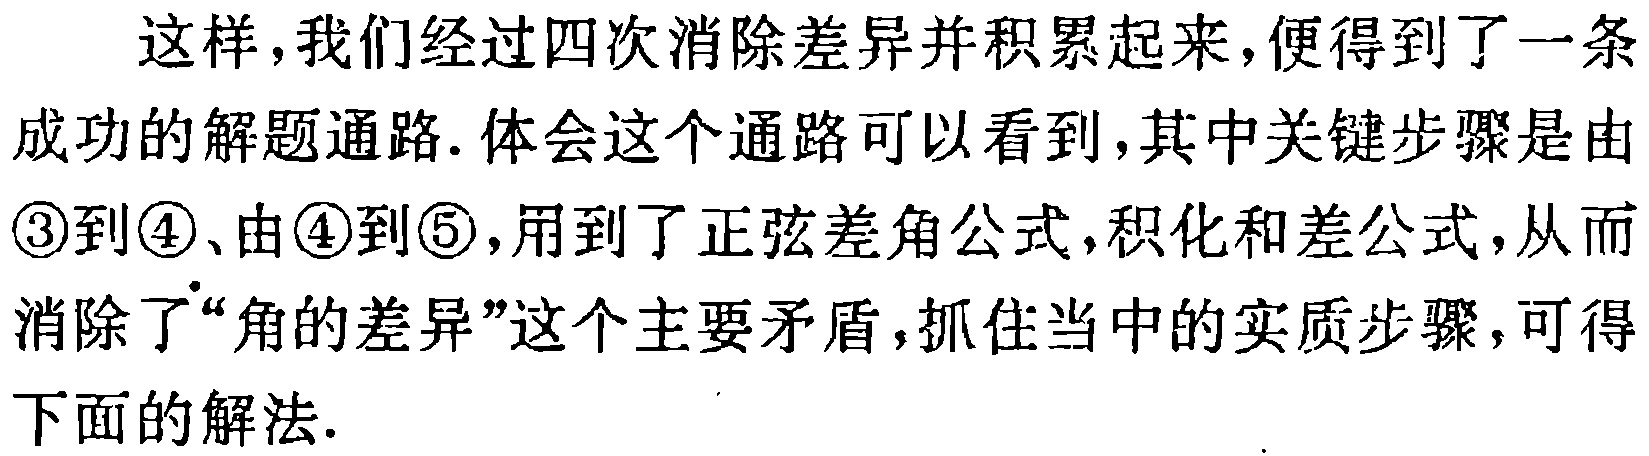
这样，我们经过四次消除差异并积累起来，便得到了一条成功的解题通路. 体会这个通路可以看到，其中关键步骤是由\textcircled{3}到\textcircled{4}、由\textcircled{4}到\textcircled{5}，用到了正弦差角公式，积化和差公式，从而消除了“角的差异”这个主要矛盾，抓住当中的实质步骤，可得下面的解法.